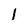
Character: l